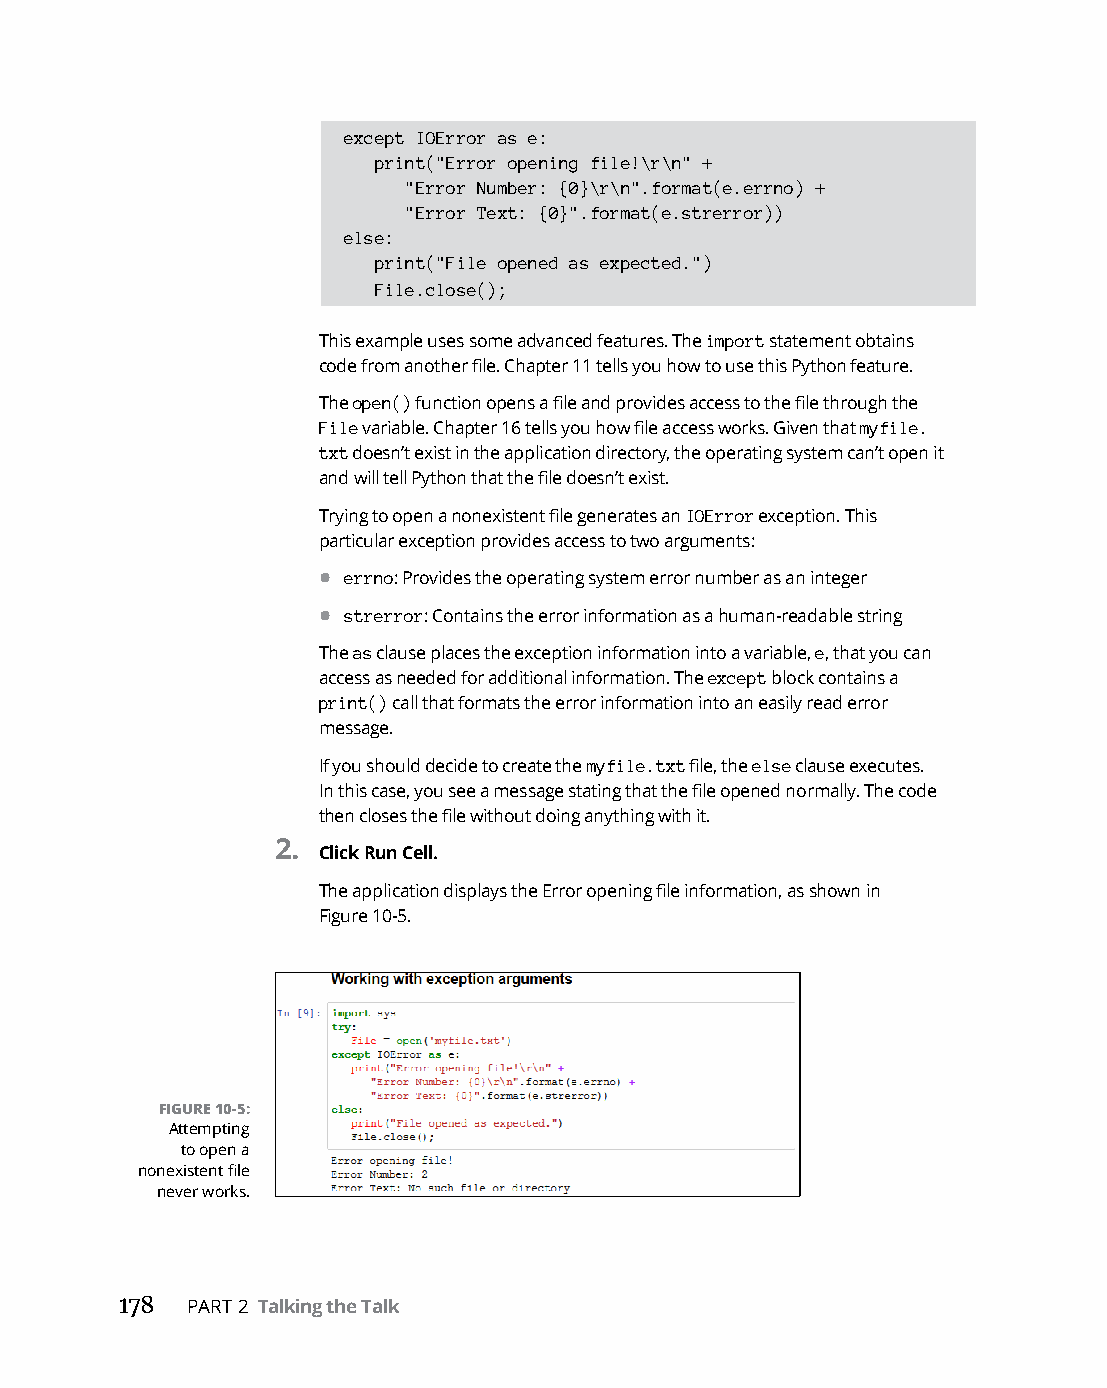
except IOError as e:
 print("Error opening file!\r\n" +
 "Error Number: {0}\r\n".format(e.errno) +
 "Error Text: {0}".format(e.strerror))
 else:
 print("File opened as expected.")
 File.close();
 This example uses some advanced features. The import statement obtains
 code from another file. Chapter 11 tells you how to use this Python feature.
 The open() function opens a file and provides access to the file through the
 File variable. Chapter 16 tells you how file access works. Given that myfile.
 txt doesn’t exist in the application directory, the operating system can’t open it
 and will tell Python that the file doesn’t exist.
 Trying to open a nonexistent file generates an IOError exception. This
 particular exception provides access to two arguments:
 • errno: Provides the operating system error number as an integer
 • strerror: Contains the error information as a human-readable string
 The as clause places the exception information into a variable, e, that you can
 access as needed for additional information. The except block contains a
 print() call that formats the error information into an easily read error
 message.
 If you should decide to create the myfile.txt file, the else clause executes.
 In this case, you see a message stating that the file opened normally. The code
 then closes the file without doing anything with it.
 2.
 Click Run Cell.
 The application displays the Error opening file information, as shown in
 Figure 10-5.
 FIGURE 10-5:
 Attempting
 to open a
 nonexistent file
 never works.
 178 PART 2 Talking the Talk